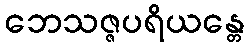
ဘေသဇ္ဇပရိယန္တေ